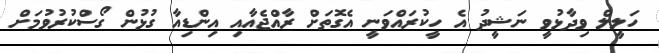
ހަލީލް ވިދާޅުވީ ނަޝީދު އެ ހީކުރައްވަނީ އެގޮތަށް ރާއްޖެއާއި އިންޑިއާ ގުޅުން ގޯސްކުރުވުމަށް